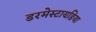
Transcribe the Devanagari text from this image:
डरमेस्टायडिया